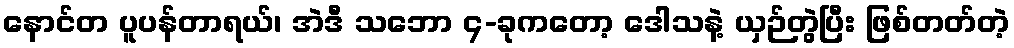
နောင်တ ပူပန်တာရယ်၊ အဲဒီ သဘော ၄-ခုကတော့ ဒေါသနဲ့ ယှဉ်တွဲပြီး ဖြစ်တတ်တဲ့